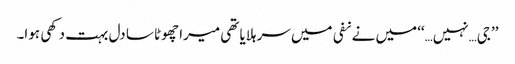
’’جی…نہیں…‘‘ میں نے نفی میں سر ہلایا تھی میرا چھوٹا سا دل بہت دکھی ہوا۔